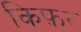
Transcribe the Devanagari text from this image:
किफ़र